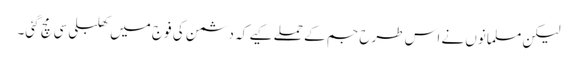
لیکن مسلمانوں نے اس طرح جم کے حملے کیے کہ دشمن کی فوج میں کھلبلی سی مچ گئی۔